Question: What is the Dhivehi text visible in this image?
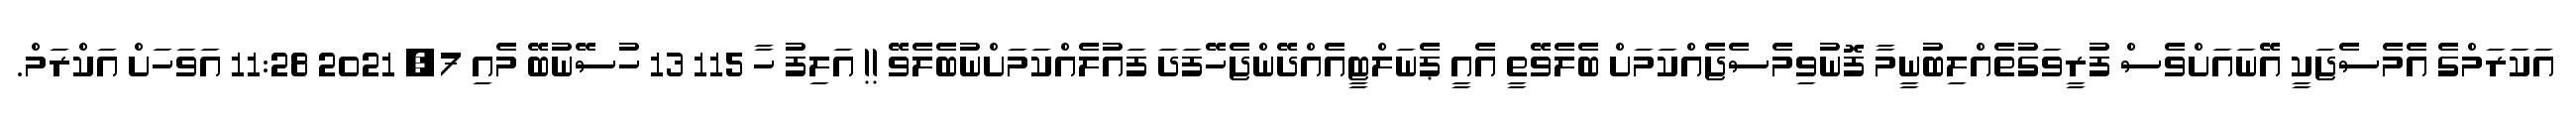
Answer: އަކަރަމްގެ އެމެސެޖަކީ އޭނައަށްވެސް ފުރީވަގުތެއްލިބުނީމާ ފޮނުވިމެސެޖެއްކަމަށް ބެލެވޭތީ އެއީ ޕެނަލްޓީއެއްދޭންޖެހޭފަދަ ފައުލެއްކަމަށްނުބެލެވޭ !! އަލިފު ހާ 115 13 ހުސޭނުބޭ މެއި 7, 2021 11:28 އަވަހަށް އަކްރަމް.